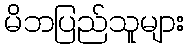
မိဘပြည်သူများ